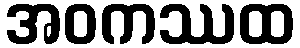
အဝကဿထ